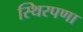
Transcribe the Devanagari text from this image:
स्थिरपणा